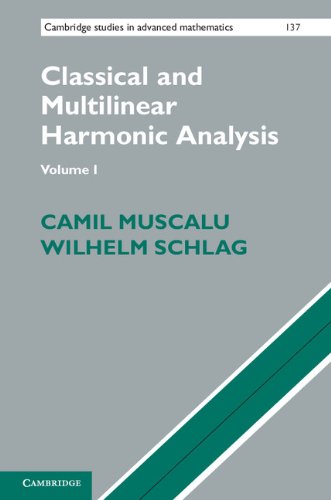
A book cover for Classical and Multilinear Harmonic Analysis 2 Volume Set (Cambridge Studies in Advanced Mathematics); Camil Muscalu; Science & Math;